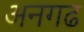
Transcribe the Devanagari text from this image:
अनगढ